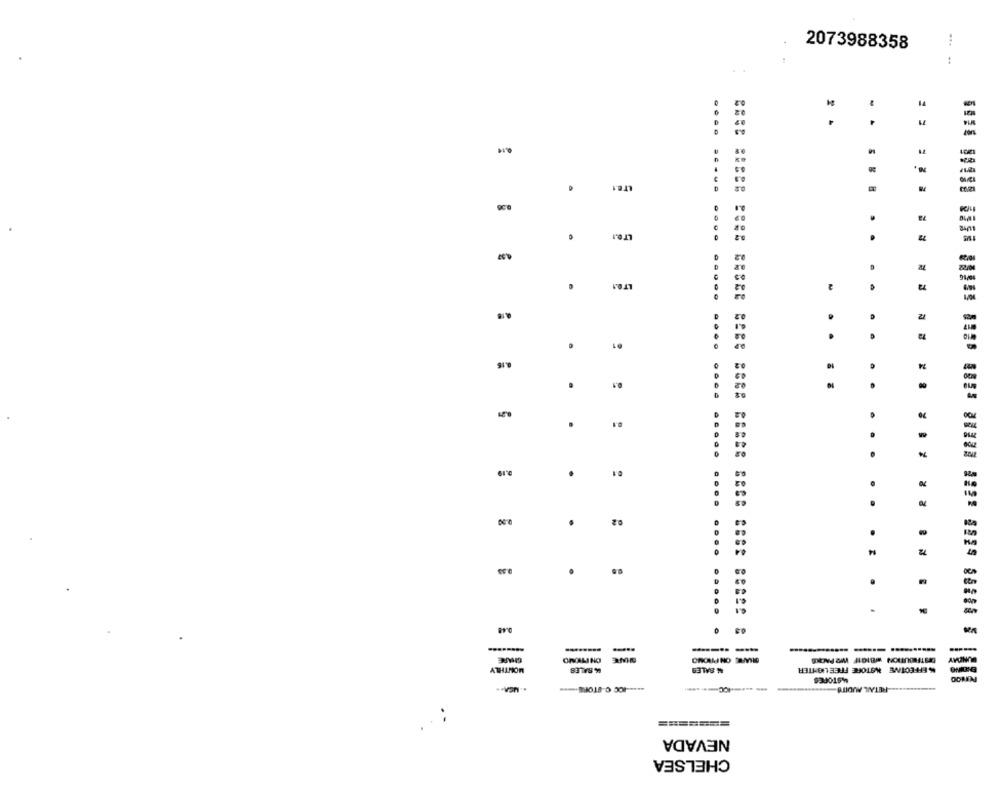
2073988358
...
..
11
2 -
. .
0.1
1201
12/10
LT 6.1
1293
3.1
11/20
OF
72
LTD.1
4.57
. .
0.2
LTD.1
.
4.18
12
61
..
0.2
10
24
-
..
2
5
.
0.1
.....
9.19
01
-
02
70
70
..
02
-
-
. .
.
.
-
-
0.44
SHARE
OH PROMO
MWEL ON PROMO
DES THEDUITION W/BIG1F WO PACKS
BUNDMY
MONTHLY
14 BALES
4 SALES
%% EFFECTIVE NSTORE FREE LIGHTER
MASTORES
.. UCA ..
RITAIL AUDITO
=======
NEVADA
CHELSEA